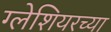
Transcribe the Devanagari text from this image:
ग्लेशियरच्या